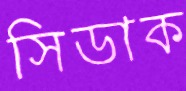
সিডাক